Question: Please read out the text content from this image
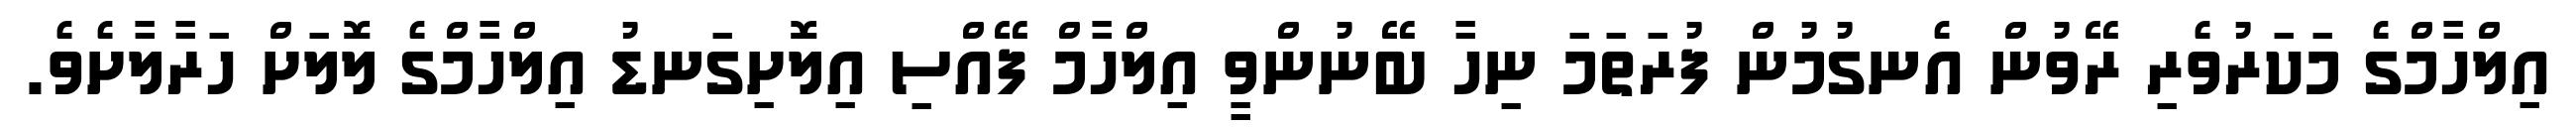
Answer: އިލްހާމްގެ މަކަރުވެރި ރޭވުން އެނގުމުން ފުރަތަމަ ނިހާ ބޭނުންވީ އިލްހާމް ފޭއްސި އިލޮށިގަނޑު އިލްހާމްގެ ލޮލަށް ހަރާލާށެވެ.